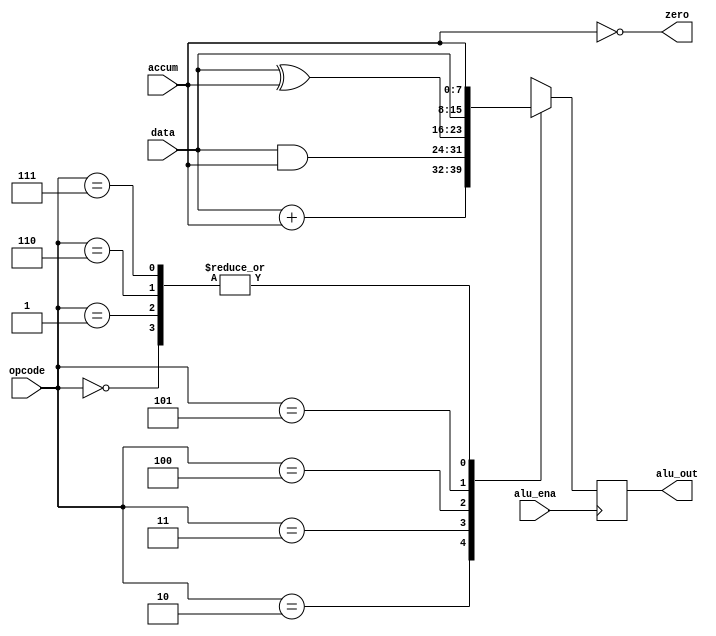
module alu (
    input            alu_ena,
    input      [2:0] opcode,
    input      [7:0] data,
    input      [7:0] accum,
    output           zero,
    output reg [7:0] alu_out
);

parameter HLT  = 3'b000,    //halt
          SKZ  = 3'b001,    //skip if zero
          ADD  = 3'b010,    //addition
          ANDD = 3'b011,    //logic and
          XORR = 3'b100,    //logic xor
          LDA  = 3'b101,    //load accumulator
          STO  = 3'b110,    //store accumulator
          JMP  = 3'b111;    //jump

always @(posedge alu_ena) begin
    casex (opcode)
        HLT : alu_out <= accum; 
        SKZ : alu_out <= accum;
        ADD : alu_out <= data + accum;
        ANDD: alu_out <= data & accum;
        XORR: alu_out <= data ^ accum;
        LDA : alu_out <= data;
        STO : alu_out <= accum;
        JMP : alu_out <= accum;
    endcase
end
assign zero = !accum;
endmodule